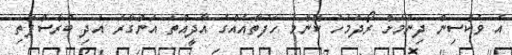
އެ ވެކްސިން ދިނުމަށް ރޯދަމަހު ކޮންމެ ހަފުތާއެއްގެ އާދީއްތަ އަންގާރަ އަދި ބުރާސްފަތި